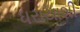
ધરાયાશી